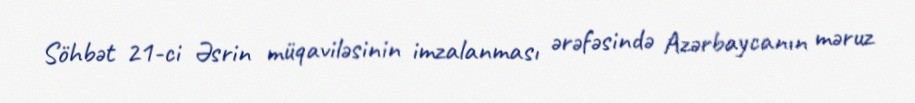
Söhbət 21-ci Əsrin müqaviləsinin imzalanması ərəfəsində Azərbaycanın məruz